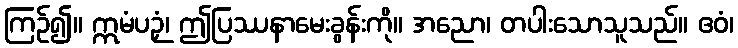
ကြဉ်၍။ ဣမံပဉှံ၊ ဤပြဿနာမေးခွန်းကို။ အညော၊ တပါးသောသူသည်။ ဧဝံ၊